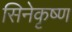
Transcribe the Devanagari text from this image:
सिनेकृष्ण